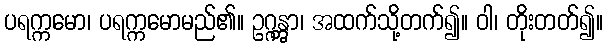
ပရက္ကမော၊ ပရက္ကမောမည်၏။ ဥဂ္ဂန္တွာ၊ အထက်သို့တက်၍။ ဝါ၊ တိုးတတ်၍။